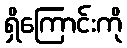
ရှိကြောင်းကို